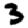
Digit: 3